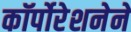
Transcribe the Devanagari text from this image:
कॉर्पोरेशनेने